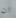
ان